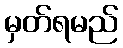
မှတ်ရမည်